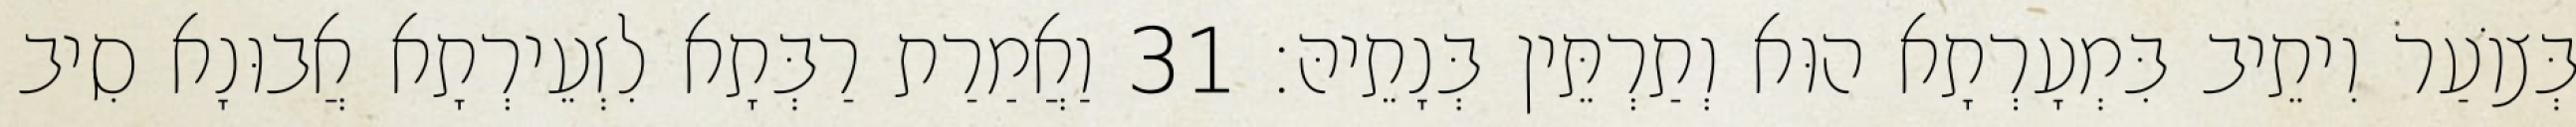
בְּצוֹעַר וִיתֵיב בִּמְעָרְתָא הוּא וְתַרְתֵּין בְּנָתֵיהּ׃ 31 וַאֲמַרַת רַבְּתָא לִזְעֵירְתָא אֲבוּנָא סִיב